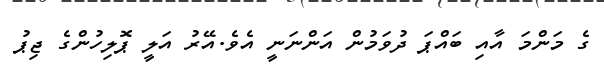
ގެ މަންމަ އާއި ބައްޕަ ދުވަމުން އަންނަނީ އެވެ.އޭރު އަލީ ޕޮލިހުންގެ ޖިޕު